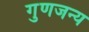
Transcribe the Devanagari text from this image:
गुणजन्य